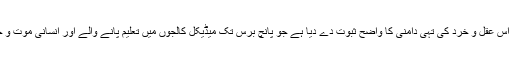
اس لئے جن نوجوان ڈاکٹروں نے بھی ہڑتال کی کال کا حربہ استعمال کیا ہے، انہوں نے اپنی اس عقل و خرد کی تہی دامنی کا واضح ثبوت دے دیا ہے جو پانچ برس تک میڈیکل کالجوں میں تعلیم پانے والے اور انسانی موت و حیات کے نشیب و فراز سے مکمل آگہی رکھنے والے مسیحاو¿ں سے ہرگز متوقع نہیں تھی۔